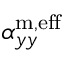
\alpha _ { y y } ^ { \mathrm { m , e f f } }